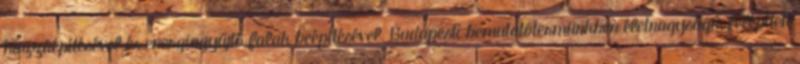
hozzáépítésével és energiagyűjtő falak beépítésével. Budapesti bemutatótermünkben életnagyságú, felépített